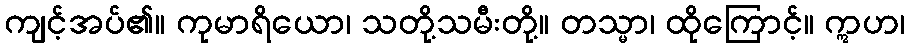
ကျင့်အပ်၏။ ကုမာရိယော၊ သတို့သမီးတို့။ တသ္မာ၊ ထိုကြောင့်။ ဣဟ၊